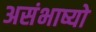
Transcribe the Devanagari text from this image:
असंभाष्यो